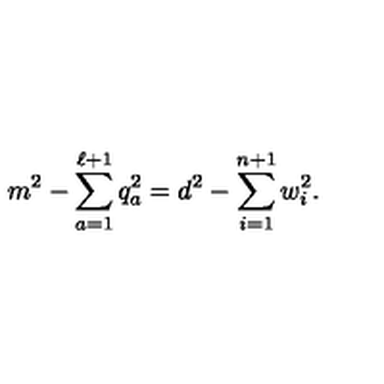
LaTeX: m ^ { 2 } - \sum _ { a = 1 } ^ { \ell + 1 } q _ { a } ^ { 2 } = d ^ { 2 } - \sum _ { i = 1 } ^ { n + 1 } w _ { i } ^ { 2 } .